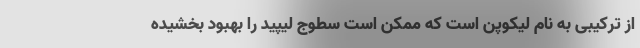
از ترکیبی به نام لیکوپن است که ممکن است سطوج لیپید را بهبود بخشیده